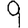
Digit: 9